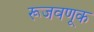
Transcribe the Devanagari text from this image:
रूजवणूक